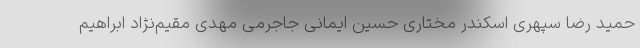
حمید رضا سپهری اسکندر مختاری حسین ایمانی جاجرمی مهدی مقیم‌نژاد ابراهیم